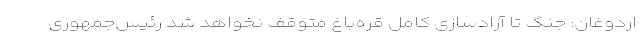
اردوغان: جنگ تا آزادسازی کامل قره‌باغ متوقف نخواهد شد رئیس‌جمهوری